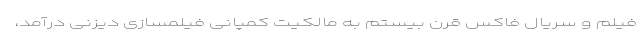
فیلم و سریال فاکس قرن بیستم به مالکیت کمپانی فیلمسازی دیزنی درآمد،